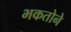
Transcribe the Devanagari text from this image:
भकतोने